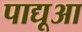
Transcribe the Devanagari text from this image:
पाद्यूआ